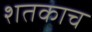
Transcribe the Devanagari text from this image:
शतकाच